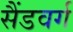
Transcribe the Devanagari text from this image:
सैंडवर्ग